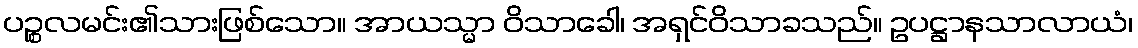
ပဉ္စလမင်း၏သားဖြစ်သော။ အာယသ္မာ ဝိသာခေါ၊ အရှင်ဝိသာခသည်။ ဥပဋ္ဌာနသာလာယံ၊